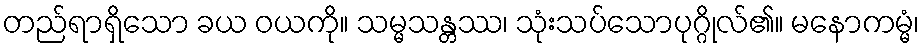
တည်ရာရှိသော ခယ ဝယကို။ သမ္မသန္တဿ၊ သုံးသပ်သောပုဂ္ဂိုလ်၏။ မနောကမ္မံ၊